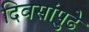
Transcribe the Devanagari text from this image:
दिवसांपुढे